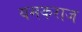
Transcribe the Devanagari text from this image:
यमकराज